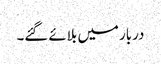
دربار میں بلائے گئے۔